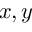
x , y